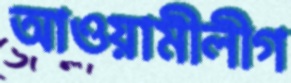
আওয়ামীলীগ